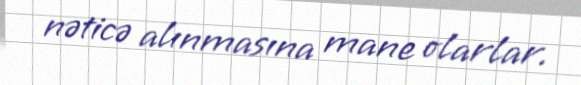
nəticə alınmasına mane olarlar.